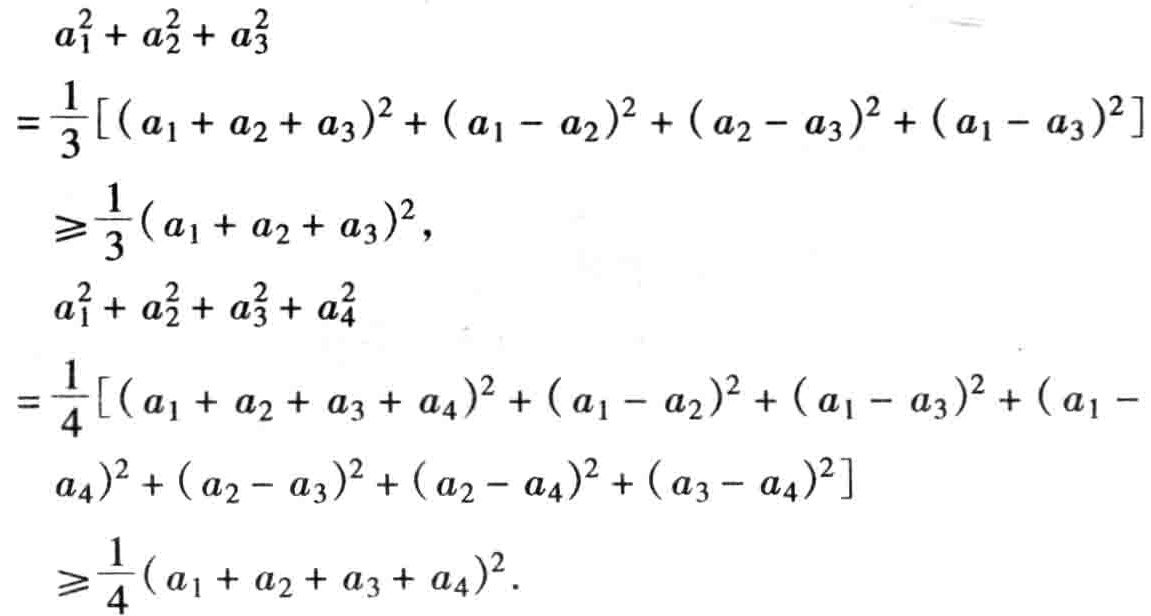
\[

\begin{align*}

&a_{1}^{2}+a_{2}^{2}+a_{3}^{2}\\

=&\frac{1}{3}[(a_{1}+a_{2}+a_{3})^{2}+(a_{1}-a_{2})^{2}+(a_{2}-a_{3})^{2}+(a_{1}-a_{3})^{2}]\\

\geq&\frac{1}{3}(a_{1}+a_{2}+a_{3})^{2},\\

&a_{1}^{2}+a_{2}^{2}+a_{3}^{2}+a_{4}^{2}\\

=&\frac{1}{4}[(a_{1}+a_{2}+a_{3}+a_{4})^{2}+(a_{1}-a_{2})^{2}+(a_{1}-a_{3})^{2}+(a_{1}-a_{4})^{2}+(a_{2}-a_{3})^{2}+(a_{2}-a_{4})^{2}+(a_{3}-a_{4})^{2}]\\

\geq&\frac{1}{4}(a_{1}+a_{2}+a_{3}+a_{4})^{2}.

\end{align*}

\]